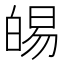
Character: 𭽛